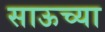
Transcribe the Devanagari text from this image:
साऊच्या